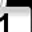
Digit: 1